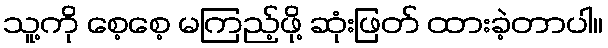
သူ့ကို စေ့စေ့ မကြည့်ဖို့ ဆုံးဖြတ် ထားခဲ့တာပါ။